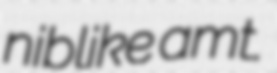
niblike amt.